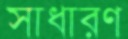
সাধারণ